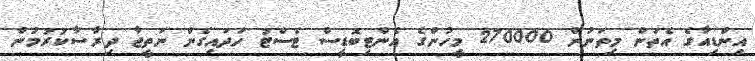
އިންޑިއާގެ އެތަން މިތަނުން 270000 މީހުންގެ އެންޓިބޮޑީސް ޓެސްޓު ހަދައިގެން ނަތީޖާ ދިރާސާކުރުމުން